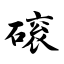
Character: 磙